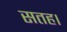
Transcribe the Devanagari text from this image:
सतह।